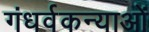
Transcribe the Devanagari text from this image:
गंधर्वकन्याओं